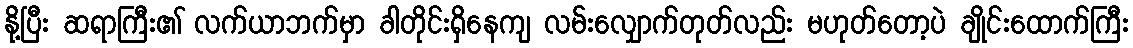
နို့ပြီး ဆရာကြီး၏ လက်ယာဘက်မှာ ခါတိုင်းရှိနေကျ လမ်းလျှောက်တုတ်လည်း မဟုတ်တော့ပဲ ချိုင်းထောက်ကြီး